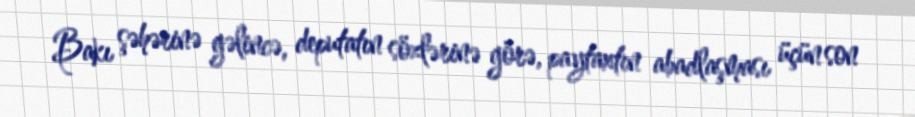
Bakı şəhərinə gəlincə, deputatın sözlərinə görə, paytaxtın abadlaşması üçün son